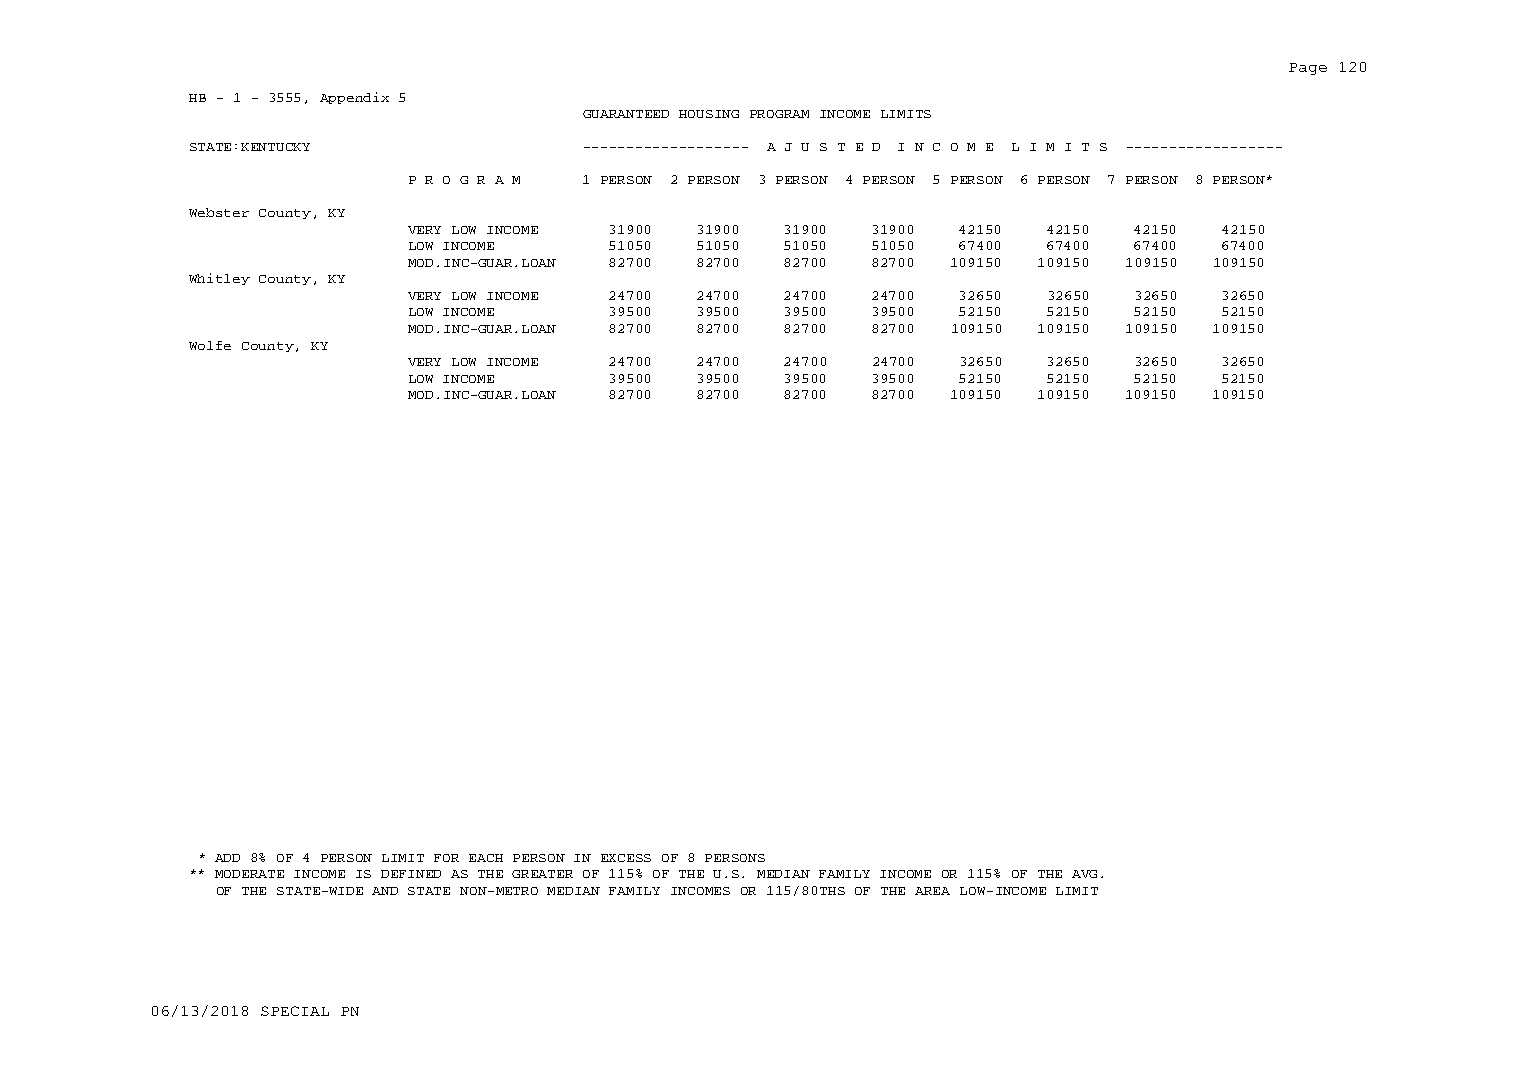
Page 120
 HB - 1 - 3555, Appendix 5
 GUARANTEED HOUSING PROGRAM INCOME LIMITS
 STATE:KENTUCKY            ------------------- A J U S T E D I N C O M E L I M I T S ------------------
 P R O G R A M 1 PERSON 2 PERSON 3 PERSON 4 PERSON 5 PERSON 6 PERSON 7 PERSON 8 PERSON*
 Webster County, KY
 VERY LOW INCOME 31900 31900 31900 31900 42150 42150 42150 42150
 LOW INCOME    51050 51050 51050 51050 67400 67400 67400 67400
 MOD.INC-GUAR.LOAN 82700 82700 82700 82700 109150 109150 109150 109150
 Whitley County, KY
 VERY LOW INCOME 24700 24700 24700 24700 32650 32650 32650 32650
 LOW INCOME    39500 39500 39500 39500 52150 52150 52150 52150
 MOD.INC-GUAR.LOAN 82700 82700 82700 82700 109150 109150 109150 109150
 Wolfe County, KY
 VERY LOW INCOME 24700 24700 24700 24700 32650 32650 32650 32650
 LOW INCOME    39500 39500 39500 39500 52150 52150 52150 52150
 MOD.INC-GUAR.LOAN 82700 82700 82700 82700 109150 109150 109150 109150
 * ADD 8% OF 4 PERSON LIMIT FOR EACH PERSON IN EXCESS OF 8 PERSONS
 ** MODERATE INCOME IS DEFINED AS THE GREATER OF 115% OF THE U.S. MEDIAN FAMILY INCOME OR 115% OF THE AVG.
 OF THE STATE-WIDE AND STATE NON-METRO MEDIAN FAMILY INCOMES OR 115/80THS OF THE AREA LOW-INCOME LIMIT
 06/13/2018 SPECIAL PN